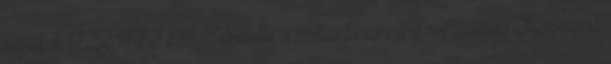
hajlékot 1722–1733 között építtette a romantikus nevű Claudius Florimond